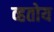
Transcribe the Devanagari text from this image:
व्हतोय